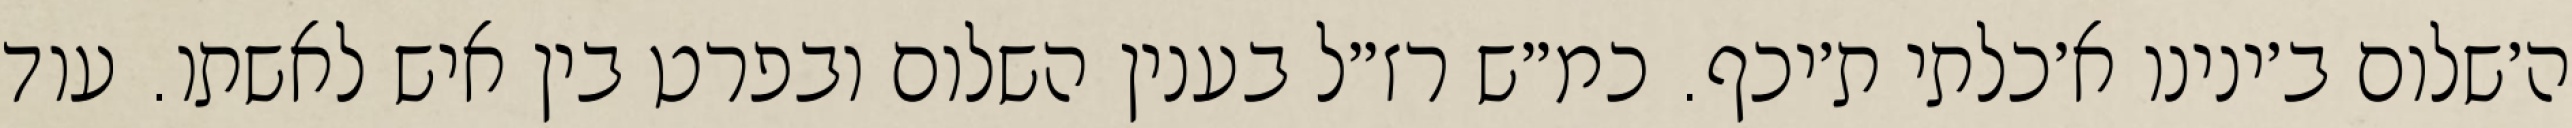
ה׳שלום ב׳ינינו א׳כלתי ת׳יכף. כמ״ש רז״ל בענין השלום ובפרט בין איש לאשתו. עוד